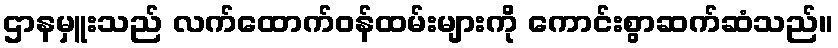
ဌာနမှူးသည် လက်ထောက်ဝန်ထမ်းများကို ကောင်းစွာဆက်ဆံသည်။